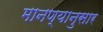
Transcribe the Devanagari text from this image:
मानण्यानुसार